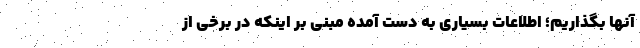
آنها بگذاریم؛ اطلاعات بسیاری به دست آمده مبنی بر اینکه در برخی از